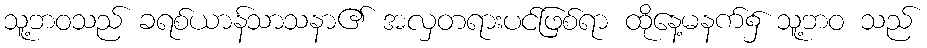
သူ့ဘဝသည် ခရစ်ယာန်သာသနာ၏ အလှတရားပင်ဖြစ်ရာ ထိုနေ့မနက်၌ သူ့ဘဝ သည်